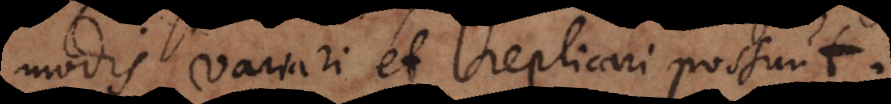
modis variari et replicari possunt.